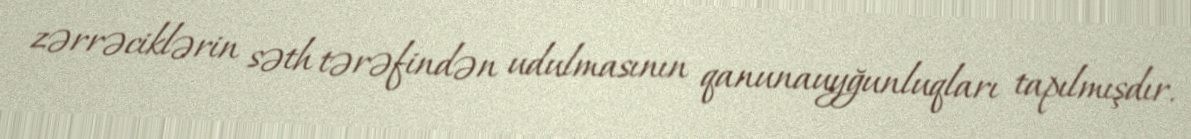
zərrəciklərin səth tərəfindən udulmasının qanunauyğunluqları tapılmışdır.